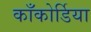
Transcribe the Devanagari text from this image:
काँकोर्डिया